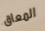
المعاق